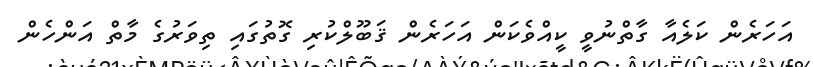
އަހަރެން ކަލެއާ ގާތްނުވީ ކީއްވެކަން އަހަރެން ޤަބޫލްކުރި ގޮތުގައި ތިވަރުގެ މާތް އަންހެން